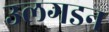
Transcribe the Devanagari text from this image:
उलगडन